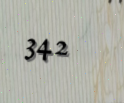
342